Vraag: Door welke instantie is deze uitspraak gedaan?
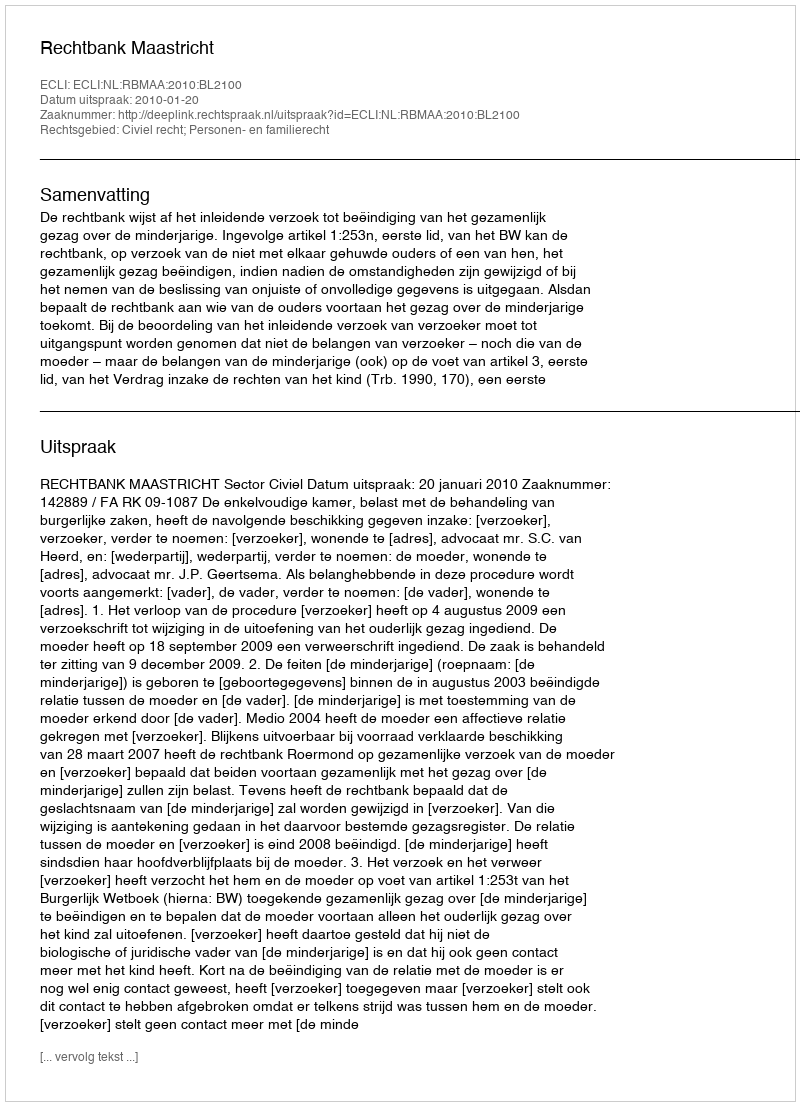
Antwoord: Rechtbank Maastricht